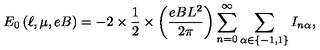
E _ { 0 } \left( \ell , \mu , e B \right) = - 2 \times \frac { 1 } { 2 } \times \left( \frac { e B L ^ { 2 } } { 2 \pi } \right) \sum _ { n = 0 } ^ { \infty } \sum _ { \alpha \in \left\{ - 1 , 1 \right\} } I _ { n \alpha } ,